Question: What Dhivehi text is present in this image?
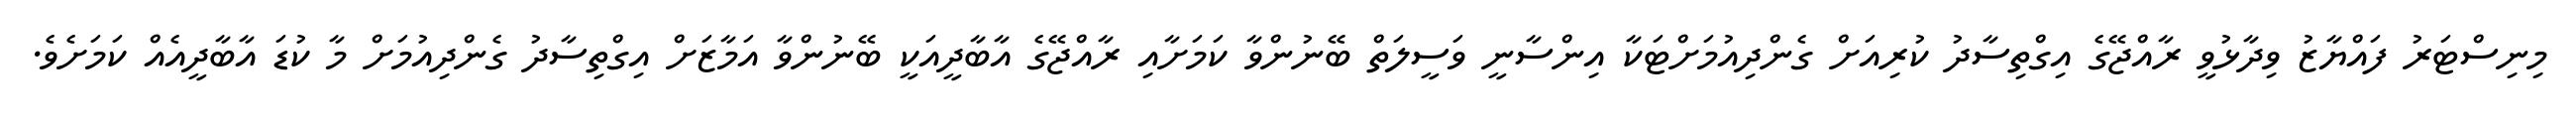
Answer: މިނިސްޓަރު ފައްޔާޒު ވިދާޅުވީ ރާއްޖޭގެ އިގްތިސާދު ކުރިއަށް ގެންދިއުމަށްޓަކާ އިންސާނީ ވަސީލަތް ބޭނުންވާ ކަމަށާއި ރާއްޖޭގެ އާބާދީއަކީ ބޭނުންވާ އަމާޒަށް އިގްތިސާދު ގެންދިއުމަށް މާ ކުޑަ އާބާދީއެއް ކަމަށެވެ.